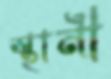
স্থানী